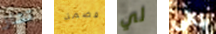
تشاز قضمة لي باقى